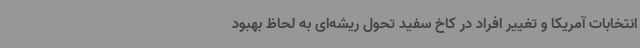
انتخابات آمریکا و تغییر افراد در کاخ سفید تحول ریشه‌ای به لحاظ بهبود